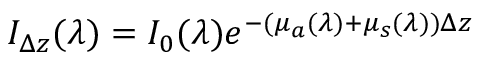
I _ { \Delta z } ( \lambda ) = I _ { 0 } ( \lambda ) e ^ { - ( \mu _ { a } ( \lambda ) + \mu _ { s } ( \lambda ) ) \Delta z }